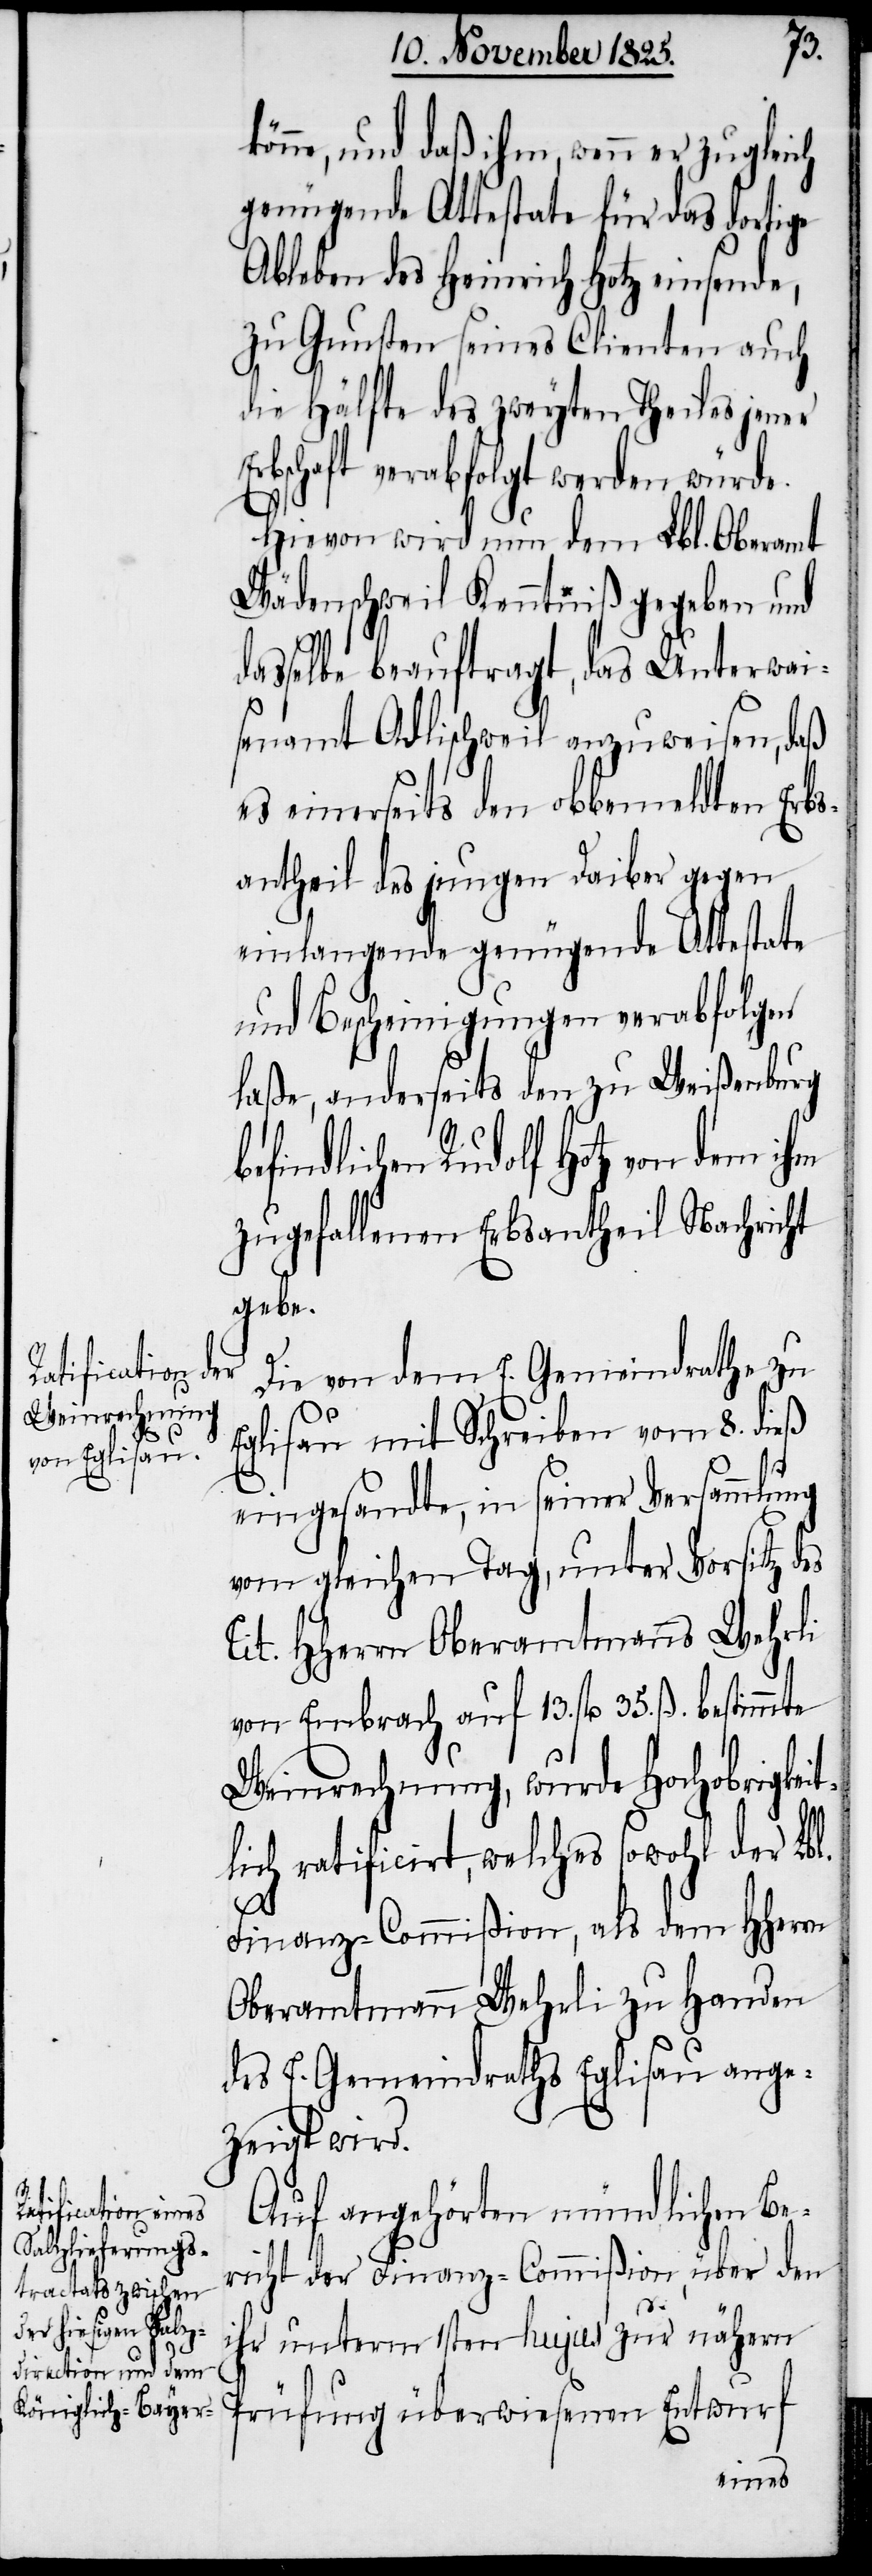
könne, und daß ihm, wenn er zugleich
genügende Attestate für das dortige
Ableben des Heinrich Hotz einsende,
zu Gunsten seines Clienten auch
die Hälfte des zweyten Theiles jener
Erbschaft verabfolgt werden würde.
Hievon wird nun dem Lbl. Oberamt
Wädenschweil Kenntniß gegeben und
dasselbe beauftragt, das Unterwai¬
senamt Adlischweil anzuweisen, daß
es einerseits den obbemeldten Erbs¬
antheil des jungen Daiber gegen
einlangende genügende Attestate
und Bescheinigungen verabfolgen
laße, anderseits den zu Weißenburg
befindlichen Rudolf Hotz von dem
zugefallenen Erbsantheil Nachricht
gebe.
Die von dem E. Gemeindrathe zu
Eglisau mit Schreiben vom 8. dieß
eingesandte, in seiner Versammlung
vom gleichen Tag, unter Vorsitz des
Tit. HHerrn Oberamtmanns Wehrli
von Embrach auf 13. fl. 35. ß. bestimmte
Weinrechnung, wurde Hochobrigkeit¬
lich ratificirt, welches sowohl der Lbl.
Finanz-Commißion, als dem HHerrn
Oberamtmann Wehrli zu Handen
des E. Gemeindraths Eglisau ange¬
zeigt wird.
Auf angehörten mündlichen Be¬
richt der Finanz-Commißion, über den
unterm 1sten hujus zur nähern
ihr
Prüfung überwiesenen Entwurf